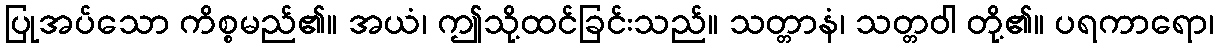
ပြုအပ်သော ကိစ္စမည်၏။ အယံ၊ ဤသို့ထင်ခြင်းသည်။ သတ္တာနံ၊ သတ္တဝါ တို့၏။ ပရကာရော၊